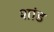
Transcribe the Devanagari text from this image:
शांड